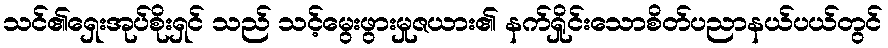
သင်၏ရှေးအုပ်စိုးရှင် သည် သင့်မွေးဖွားမှုဇယား၏ နက်ရှိုင်းသောစိတ်ပညာနယ်ပယ်တွင်